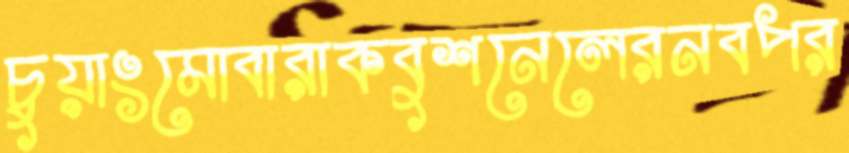
চুয়াংমোবারাকবুশনেলেরনবপর